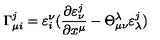
\Gamma _ { \mu i } ^ { j } = \varepsilon _ { i } ^ { \nu } ( \frac { \partial \varepsilon _ { \nu } ^ { j } } { \partial x ^ { \mu } } - \Theta _ { \mu \nu } ^ { \lambda } \varepsilon _ { \lambda } ^ { j } )